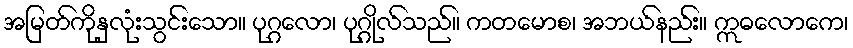
အမြတ်ကိုနှလုံးသွင်းသော။ ပုဂ္ဂလော၊ ပုဂ္ဂိုလ်သည်။ ကတမောစ၊ အဘယ်နည်း။ ဣဓလောကေ၊